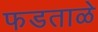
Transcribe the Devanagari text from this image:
फडताळे